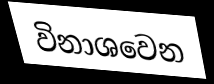
විනාශවෙන